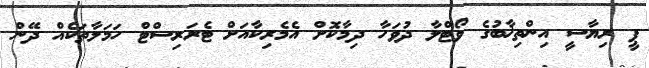
ޕީ ރިޔާސީ އިންތިޚާބުގެ ވޯޓްލާ ދުވަހާ ދިމާކޮށް އެމެރިކާއަށް ޓެރަރިސްޓް ހަމަލާތަކެއް ދޭން